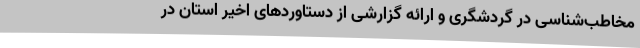
مخاطب‌شناسی در گردشگری و ارائه گزارشی از دستاوردهای اخیر استان در